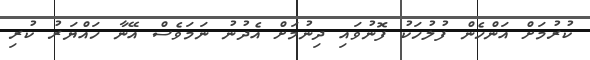
ކުރުމަށް އަންހެން ފުލުހަކު ފޮނުވައި ދިނުމަށް އެދުނު ނަމަވެސް އޭނާ ހައްޔަރު ކުރި